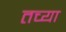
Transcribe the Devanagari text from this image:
तच्या